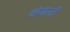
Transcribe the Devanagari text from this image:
वंजली